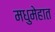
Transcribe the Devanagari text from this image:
मधुमेहात